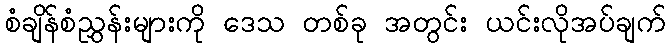
စံချိန်စံညွှန်းများကို ဒေသ တစ်ခု အတွင်း ယင်းလိုအပ်ချက်